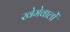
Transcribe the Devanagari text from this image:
खेमेवालों